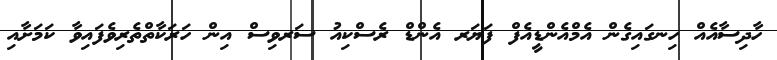
ހާދިސާއެއް ހިނގައިގެން އެމްއެންޑީއެފް ފަޔަރ އެންޑް ރެސްކިއު ސަރވިސް އިން ހަރަކާތްތެރިވެފައިވާ ކަމަށާއި